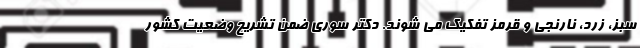
سبز، زرد، نارنجی و قرمز تفکیک می شوند. دکتر سوری ضمن تشریح وضعیت کشور